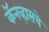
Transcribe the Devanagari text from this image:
कॅनव्हासचे